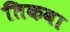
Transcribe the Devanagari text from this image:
तिकवा